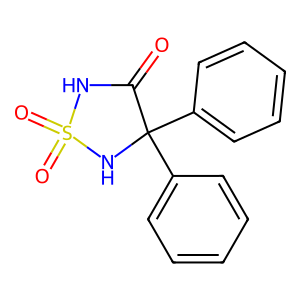
SMILES: O=C1NS(=O)(=O)NC1(c1ccccc1)c1ccccc1
Inhibits HIV replication: No